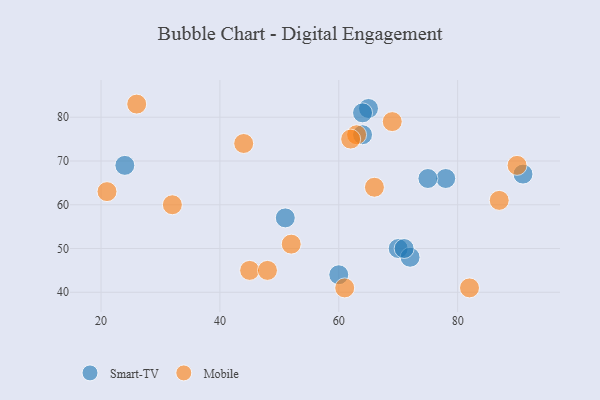
{"axis": {"x": "GDP", "y": "Life Expectancy"}, "legend": ["Mobile", "Smart-TV"], "data": [{"x": "65", "y": 82, "type": "Smart-TV"}, {"x": "24", "y": 69, "type": "Smart-TV"}, {"x": "70", "y": 50, "type": "Smart-TV"}, {"x": "60", "y": 44, "type": "Smart-TV"}, {"x": "78", "y": 66, "type": "Smart-TV"}, {"x": "51", "y": 57, "type": "Smart-TV"}, {"x": "72", "y": 48, "type": "Smart-TV"}, {"x": "91", "y": 67, "type": "Smart-TV"}, {"x": "71", "y": 50, "type": "Smart-TV"}, {"x": "64", "y": 81, "type": "Smart-TV"}, {"x": "64", "y": 76, "type": "Smart-TV"}, {"x": "75", "y": 66, "type": "Smart-TV"}, {"x": "82", "y": 41, "type": "Mobile"}, {"x": "90", "y": 69, "type": "Mobile"}, {"x": "61", "y": 41, "type": "Mobile"}, {"x": "63", "y": 76, "type": "Mobile"}, {"x": "21", "y": 63, "type": "Mobile"}, {"x": "44", "y": 74, "type": "Mobile"}, {"x": "62", "y": 75, "type": "Mobile"}, {"x": "69", "y": 79, "type": "Mobile"}, {"x": "45", "y": 45, "type": "Mobile"}, {"x": "48", "y": 45, "type": "Mobile"}, {"x": "32", "y": 60, "type": "Mobile"}, {"x": "52", "y": 51, "type": "Mobile"}, {"x": "87", "y": 61, "type": "Mobile"}, {"x": "26", "y": 83, "type": "Mobile"}, {"x": "66", "y": 64, "type": "Mobile"}]}